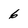
Character: 6